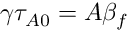
\gamma \tau _ { A 0 } = A \beta _ { f }